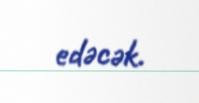
edəcək.